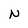
Character: N